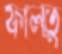
ফালতু